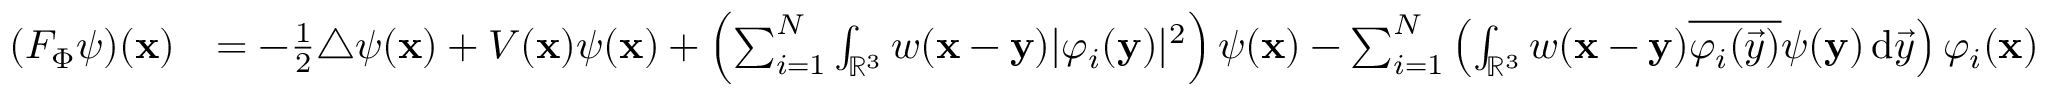
\begin{array} { r l } { ( F _ { \Phi } \psi ) ( \mathbf { x } ) } & { = - \frac 1 2 \triangle \psi ( \mathbf { x } ) + V ( \mathbf { x } ) \psi ( \mathbf { x } ) + \left( \sum _ { i = 1 } ^ { N } \int _ { \mathbb { R } ^ { 3 } } w ( \mathbf { x } - \mathbf { y } ) | \varphi _ { i } ( \mathbf { y } ) | ^ { 2 } \right) \psi ( \mathbf { x } ) - \sum _ { i = 1 } ^ { N } \left( \int _ { \mathbb { R } ^ { 3 } } w ( \mathbf { x } - \mathbf { y } ) \overline { { \varphi _ { i } ( \vec { y } ) } } \psi ( \mathbf { y } ) \, \mathrm { d } \vec { y } \right) \varphi _ { i } ( \mathbf { x } ) } \end{array}